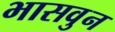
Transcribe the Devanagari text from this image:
भासवुन